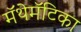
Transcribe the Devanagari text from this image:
मॅथेमॅटिका